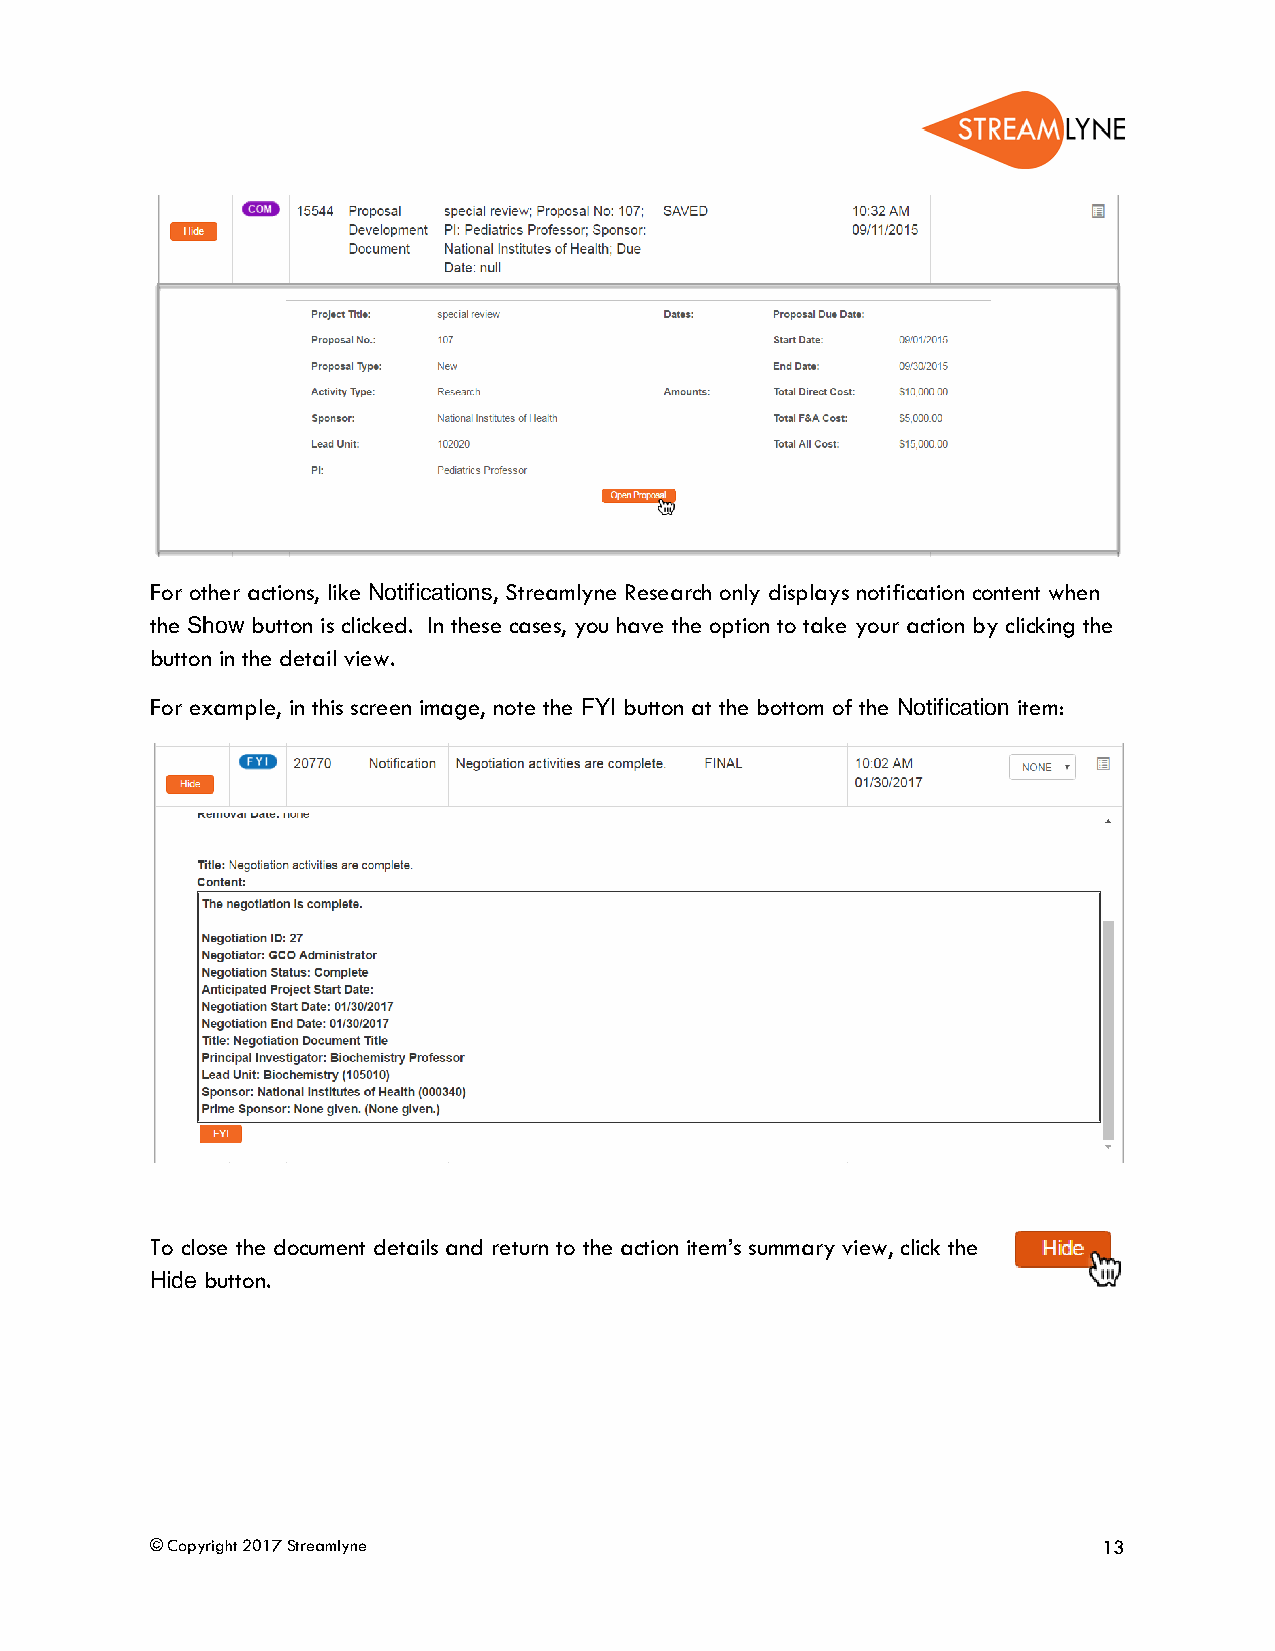
For other actions, like Notifications, Streamlyne Research only displays notification content when
 the Show button is clicked. In these cases, you have the option to take your action by clicking the
 button in the detail view.
 For example, in this screen image, note the FYI button at the bottom of the Notification item:
 To close the document details and return to the action item’s summary view, click the
 Hide button.
 © Copyright 2017 Streamlyne                                    13